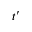
t ^ { \prime }